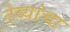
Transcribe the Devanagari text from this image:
ठेव्यांचा